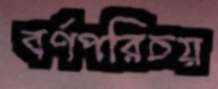
বর্ণপরিচয়